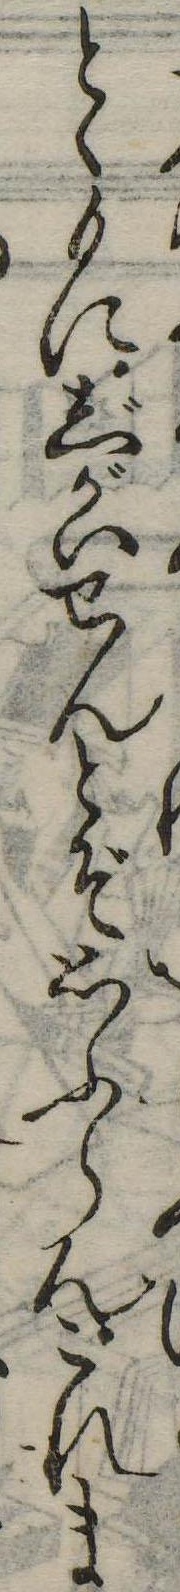
とゝもにじがいせんとぞ思ふらんこれま